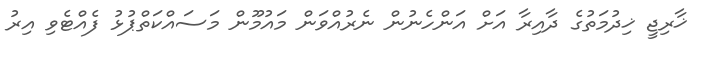
ޚާރިޖީ ޚިދުމަތުގެ ދާއިރާ އަށް އަންހެނުން ނެރުއްވަން މައުމޫން މަސައްކަތްޕުޅު ފެއްޓެވި އިރު